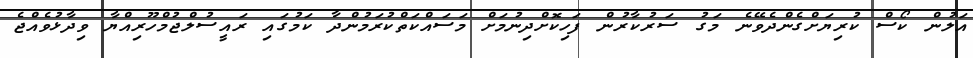
އަލުން ކޯސް ކުރިޔަށްގެންދެވޭނެ މަގު ސަރުކާރުން ފަހިކޮށްދިނުމަށް މަސައްކަތްކުރަމުންދާ ކަމުގައި ރައީސުލްޖުމްހޫރިއްޔާ ވިދާޅުވެއްޖެ